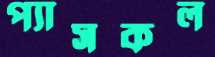
প্যাসকল